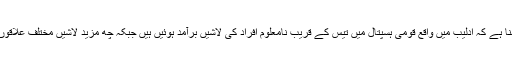
کارکنوں کا کہنا ہے کہ اِدلیب میں واقع قومی ہسپتال میں تیس کے قریب نامعلوم افراد کی لاشیں برآمد ہوئیں ہیں جبکہ چھ مزید لاشیں مختلف علاقوں سے ملی ہیں۔